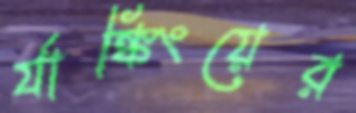
র‍্যাঙ্কিংয়ের